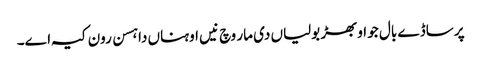
پر ساڈے بال جو اوبھڑ بولیاں دی مار وچ نیں اوہناں دا ہسن رون کیہ اے۔